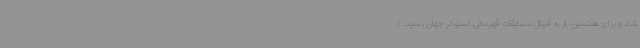
شد و برای هفتمین بار به فینال مسابقات قهرمانی اسنوکر جهان رسید. ا